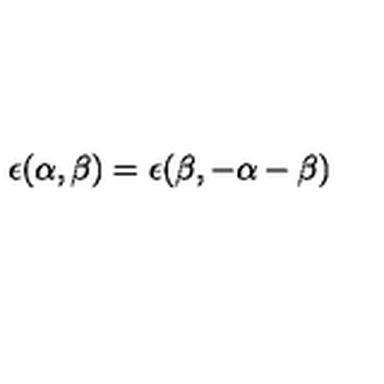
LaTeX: \epsilon ( \alpha , \beta ) = \epsilon ( \beta , - \alpha - \beta )